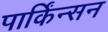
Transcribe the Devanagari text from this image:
पार्किंन्सन